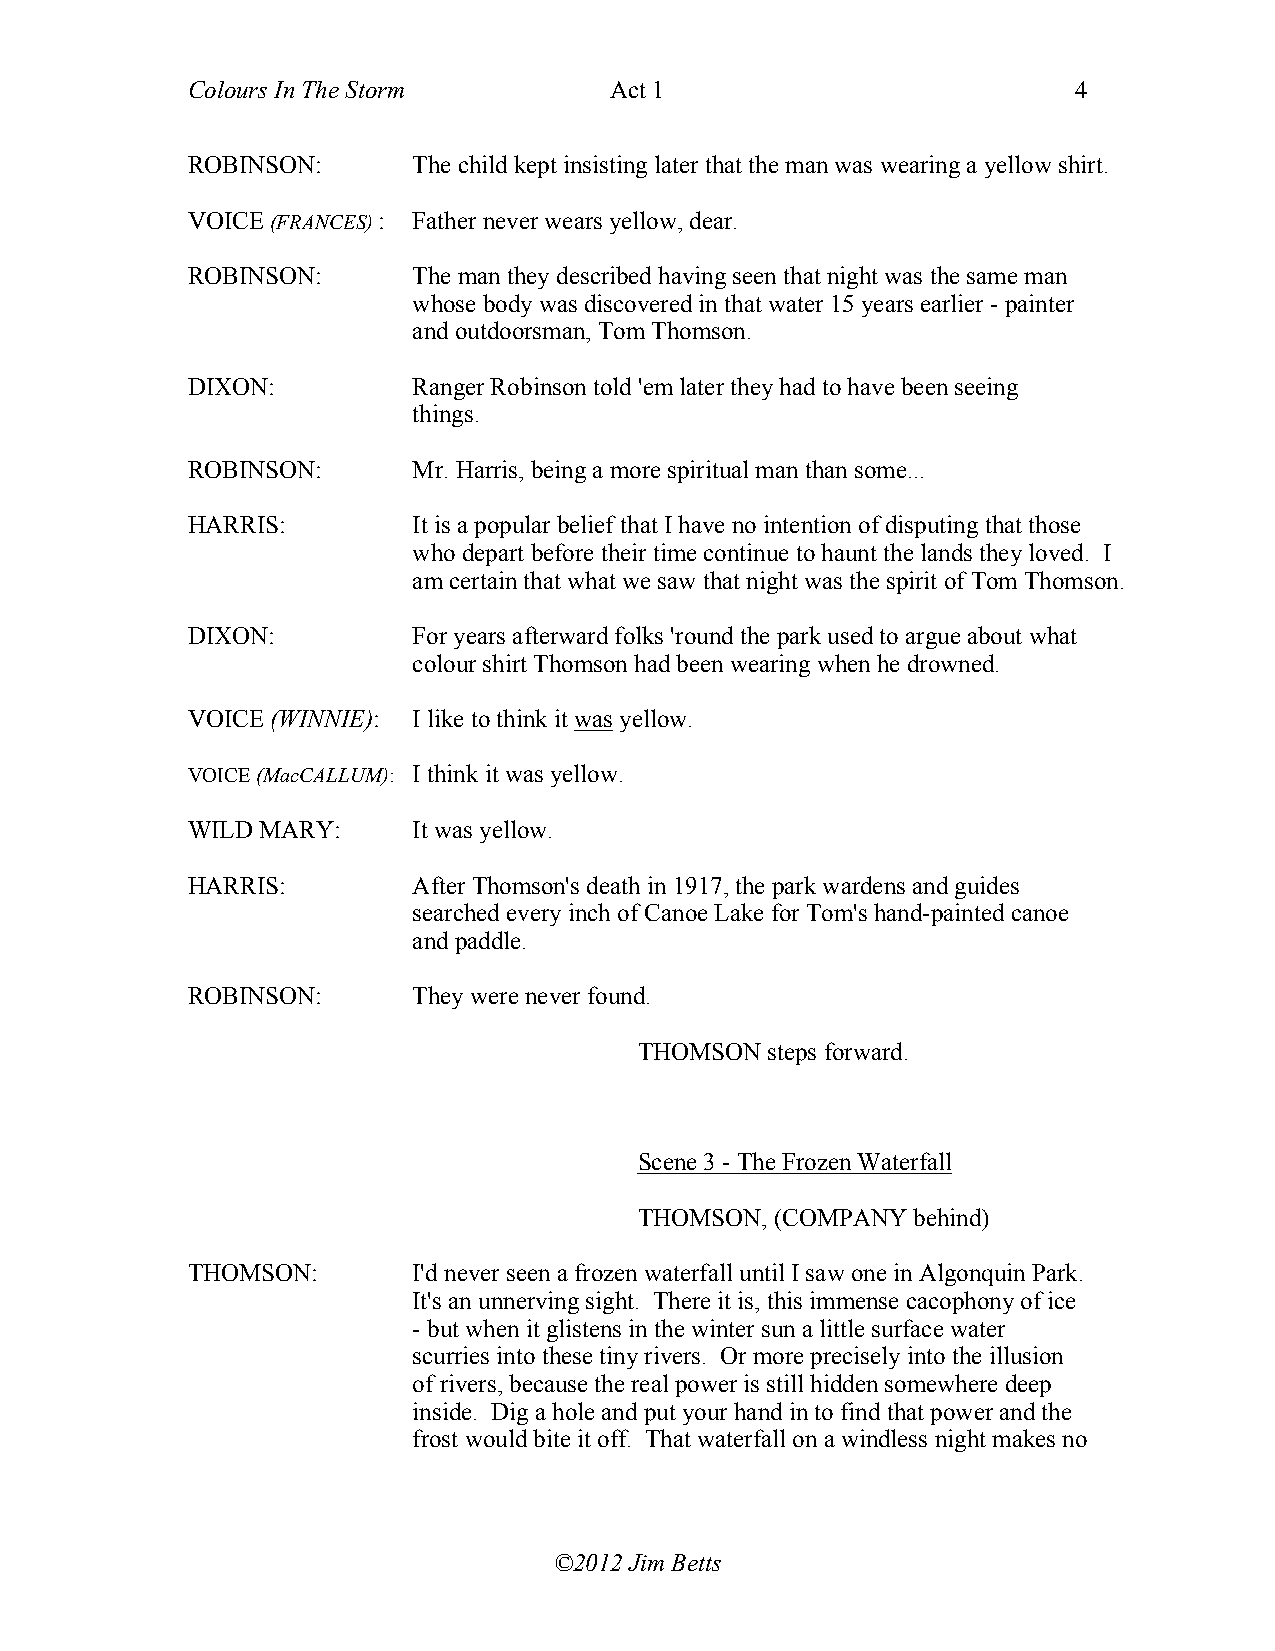
Colours In The Storm        Act 1                          4
 ROBINSON:      The child kept insisting later that the man was wearing a yellow shirt.
 VOICE (FRANCES) : Father never wears yellow, dear.
 ROBINSON:      The man they described having seen that night was the same man
 whose body was discovered in that water 15 years earlier - painter
 and outdoorsman, Tom Thomson.
 DIXON:         Ranger Robinson told 'em later they had to have been seeing
 things.
 ROBINSON:      Mr. Harris, being a more spiritual man than some...
 HARRIS:        It is a popular belief that I have no intention of disputing that those
 who depart before their time continue to haunt the lands they loved. I
 am certain that what we saw that night was the spirit of Tom Thomson.
 DIXON:         For years afterward folks 'round the park used to argue about what
 colour shirt Thomson had been wearing when he drowned.
 VOICE (WINNIE): I like to think it was yellow.
 VOICE (MacCALLUM): I think it was yellow.
 WILD MARY:     It was yellow.
 HARRIS:        After Thomson's death in 1917, the park wardens and guides
 searched every inch of Canoe Lake for Tom's hand-painted canoe
 and paddle.
 ROBINSON:      They were never found.
 THOMSON  steps forward.
 Scene 3 - The Frozen Waterfall
 THOMSON, (COMPANY behind)
 THOMSON:       I'd never seen a frozen waterfall until I saw one in Algonquin Park.
 It's an unnerving sight. There it is, this immense cacophony of ice
 - but when it glistens in the winter sun a little surface water
 scurries into these tiny rivers. Or more precisely into the illusion
 of rivers, because the real power is still hidden somewhere deep
 inside. Dig a hole and put your hand in to find that power and the
 frost would bite it off. That waterfall on a windless night makes no
 ©2012 Jim Betts